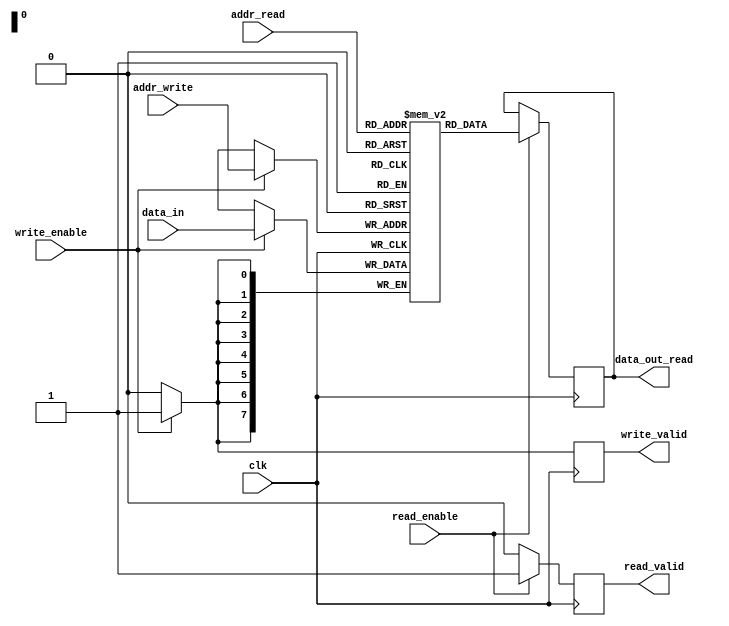
module dual_port_ram (
    input wire clk,
    input wire [7:0] addr_read,
    input wire [7:0] addr_write,
    input wire [7:0] data_in,
    input wire write_enable,
    input wire read_enable,
    output reg [7:0] data_out_read,
    
    // Port 1 - Read
    output reg read_valid,
    
    // Port 2 - Write
    output reg write_valid
);

// Internal memory array
reg [7:0] memory [0:255];

// Internal registers
reg [7:0] data_out_write;

always @(posedge clk) begin
    if (read_enable) begin
        data_out_read <= memory[addr_read];
        read_valid <= 1;
    end else begin
        read_valid <= 0;
    end
    
    if (write_enable) begin
        memory[addr_write] <= data_in;
        write_valid <= 1;
    end else begin
        write_valid <= 0;
    end
end

endmodule